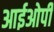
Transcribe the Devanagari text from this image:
आईओपी